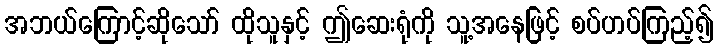
အဘယ်ကြောင့်ဆိုသော် ထိုသူနှင့် ဤဆေးရုံကို သူ့အနေဖြင့် စပ်ဟပ်ကြည့်၍